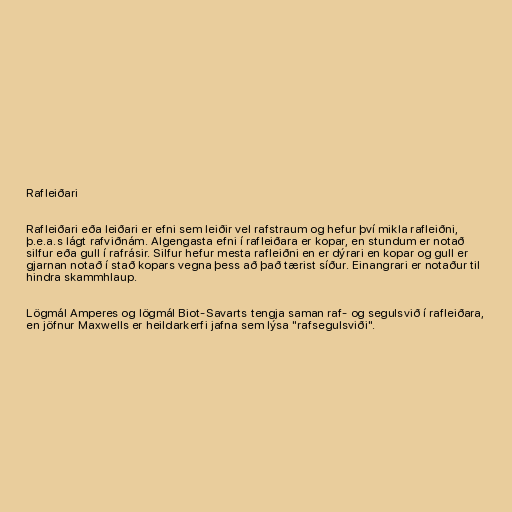
Rafleiðari

Rafleiðari eða leiðari er efni sem leiðir vel rafstraum og hefur því mikla rafleiðni,
þ.e.a.s lágt rafviðnám. Algengasta efni í rafleiðara er kopar, en stundum er notað
silfur eða gull í rafrásir. Silfur hefur mesta rafleiðni en er dýrari en kopar og gull er
gjarnan notað í stað kopars vegna þess að það tærist síður. Einangrari er notaður til
hindra skammhlaup.

Lögmál Amperes og lögmál Biot-Savarts tengja saman raf- og segulsvið í rafleiðara,
en jöfnur Maxwells er heildarkerfi jafna sem lýsa "rafsegulsviði".